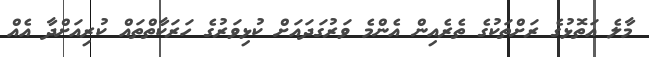
މާލެ އަތޮޅުގެ ރަށްތަކުގެ ތެރެއިން އެންމެ ވަރުގަދައަށް ކުޅިވަރުގެ ހަރަކާތްތައް ކުރިއަށްދާ އެއް